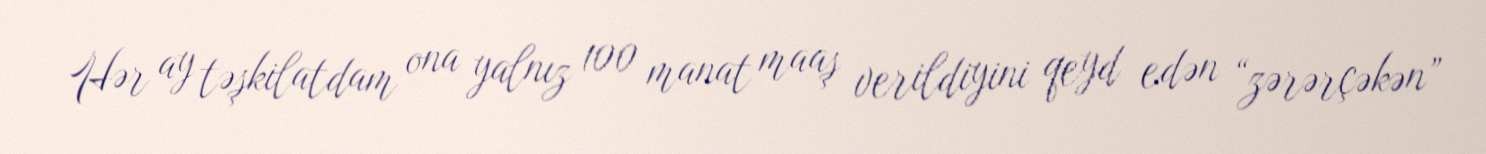
Hər ay təşkilatdam ona yalnız 100 manat maaş verildiyini qeyd edən “zərərçəkən”